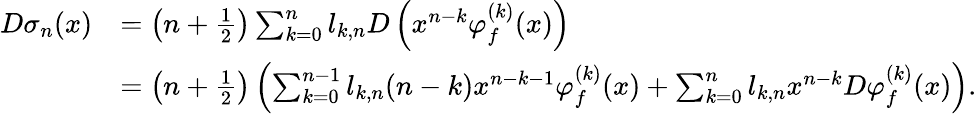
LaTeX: \begin{array}{rl}{D\sigma_{n}(x)}&{=\left(n+\frac{1}{2}\right)\sum_{k=0}^{n}l_{k,n}D\left(x^{n-k}\varphi_{f}^{(k)}(x)\right)}\\ &{=\left(n+\frac{1}{2}\right)\left(\sum_{k=0}^{n-1}l_{k,n}(n-k)x^{n-k-1}\varphi_{f}^{(k)}(x)+\sum_{k=0}^{n}l_{k,n}x^{n-k}D\varphi_{f}^{(k)}(x)\right).}\end{array}